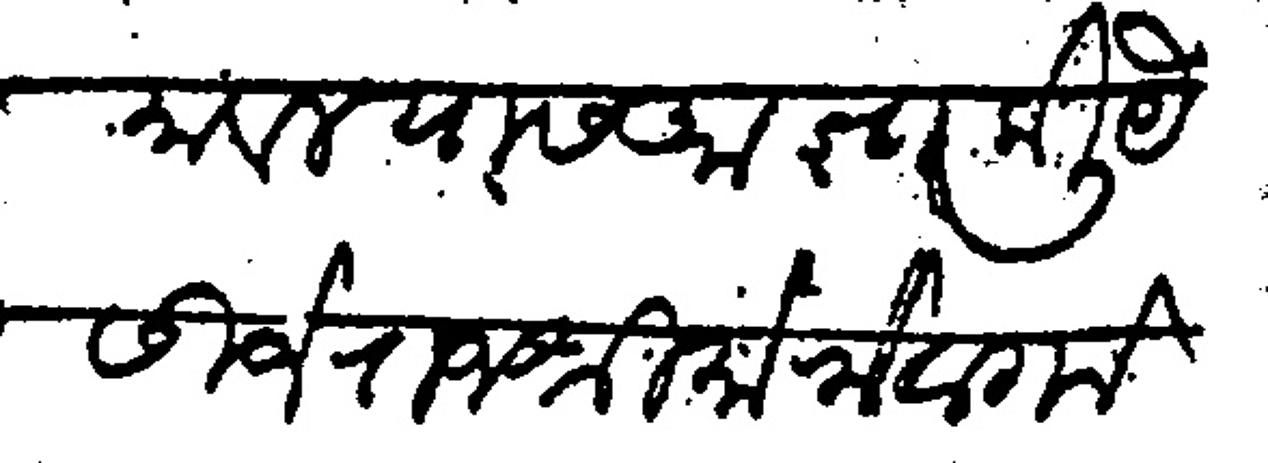
Transliteration (Devanagari): मावल यास आज्ञा केली येसीजे राजश्री मोरोबा गोसावी